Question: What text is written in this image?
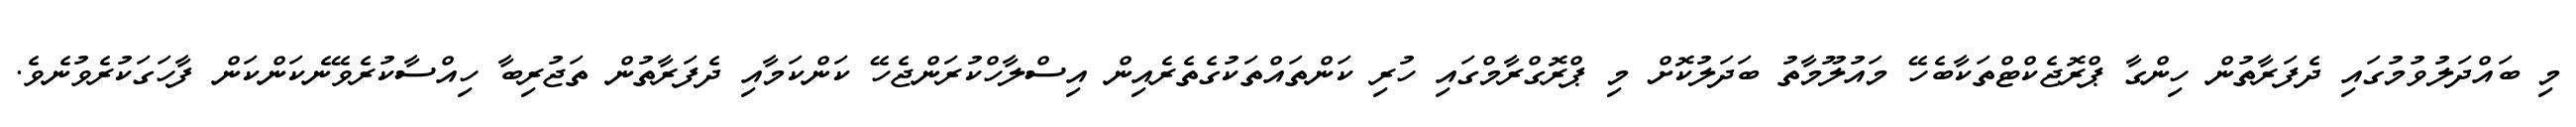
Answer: މި ބައްދަލުވުމުގައި ދެފަރާތުން ހިންގާ ޕްރޮޖެކްޓްތަކާބެހޭ މައުލޫމާތު ބަދަލުކޮށް މި ޕްރޮގްރާމްގައި ހުރި ކަންތައްތަކުގެތެރެއިން އިސްލާހްކުރަންޖެހޭ ކަންކަމާއި ދެފަރާތުން ތަޖުރިބާ ހިއްސާކުރެވޭނެކަންކަން ފާހަގަކުރެވުނެވެ.